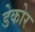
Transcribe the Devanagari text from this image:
डेकोर